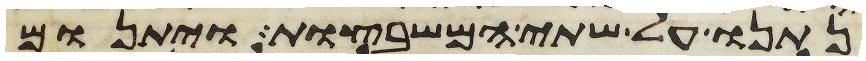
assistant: נתנו על שתי המשבצות ויתנום